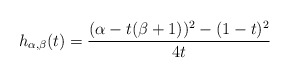
\begin{align*}h_{\alpha,\beta}(t)=\frac{(\alpha-t(\beta+1))^2-(1-t)^2}{4t}\end{align*}